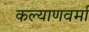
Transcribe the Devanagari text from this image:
कल्याणवर्मा